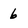
Character: 6